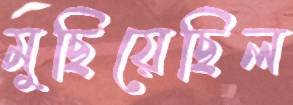
মুছিয়েছিল